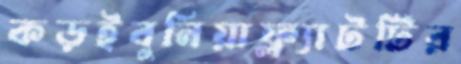
কড়ইবুনিয়াফ্ল্যাটটির